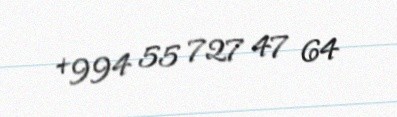
+994 55 727 47 64